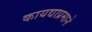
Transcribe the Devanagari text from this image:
कायद्याप्रमाने